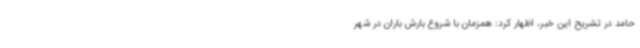
حامد در تشریح این خبر، اظهار کرد: همزمان با شروع بارش باران در شهر